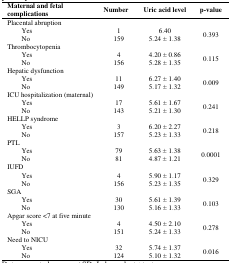
| <COLSPAN=2> Maternal and fetal complications | Number | Uric acid level | p-value |
 | --- | --- | --- | --- | --- |
 | <COLSPAN=5> Placental abruption |
 | <ROWSPAN=2>  | Yes | 1 | 6.40 | <ROWSPAN=2> 0.393 |
 | No | 159 | 5.24± 1.38 |
 | <COLSPAN=5> Thrombocytopenia |
 | <ROWSPAN=2>  | Yes | 4 | 4.20 ±0.86 | <ROWSPAN=2> 0.115 |
 | No | 156 | 5.28 ± 1.35 |
 | <COLSPAN=5> Hepatic dysfunction |
 | <ROWSPAN=2>  | Yes | 11 | 6.27 ± 1.40 | <ROWSPAN=2> 0.009 |
 | No | 149 | 5.17 ± 1.32 |
 | <COLSPAN=5> ICU hospitalization (maternal) |
 | <ROWSPAN=2>  | Yes | 17 | 5.61± 1.67 | <ROWSPAN=2> 0.241 |
 | No | 143 | 5.21 ±1.30 |
 | <COLSPAN=5> HELLP syndrome |
 | <ROWSPAN=2>  | Yes | 3 | 6.20 ± 2.27 | <ROWSPAN=2> 0.218 |
 | No | 157 | 5.23 ± 1.33 |
 | <COLSPAN=5> PTL |
 | <ROWSPAN=2>  | Yes | 79 | 5.63 ± 1.38 | <ROWSPAN=2> 0.0001 |
 | No | 81 | 4.87 ± 1.21 |
 | <COLSPAN=5> IUFD |
 | <ROWSPAN=2>  | Yes | 4 | 5.90 ± 1.17 | <ROWSPAN=2> 0.329 |
 | No | 156 | 5.23 ± 1.35 |
 | <COLSPAN=5> SGA |
 | <ROWSPAN=2>  | Yes | 30 | 5.61± 1.39 | <ROWSPAN=2> 0.103 |
 | No | 130 | 5.16 ± 1.33 |
 | <COLSPAN=5> Apgar score <7 at five minute |
 | <ROWSPAN=2>  | Yes | 4 | 4.50± 2.10 | <ROWSPAN=2> 0.278 |
 | No | 151 | 5.24 ± 1.33 |
 | <COLSPAN=5> Need to NICU |
 | <ROWSPAN=2>  | Yes | 32 | 5.74± 1.37 | <ROWSPAN=2> 0.016 |
 | No | 124 | 5.10 ± 1.32 |